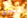
تسرق